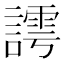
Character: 謣